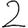
Digit: 2